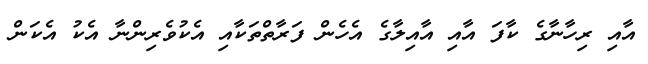
އާއި ރިހާނާގެ ކާފަ އާއި އާއިލާގެ އެހެން ފަރާތްތަކާއި އެކުވެރިންނާ އެކު އެކަން